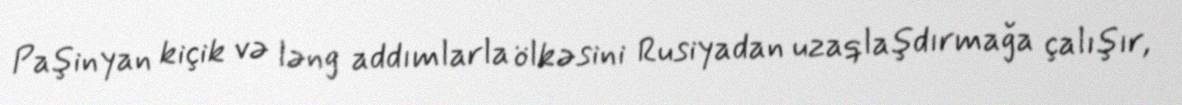
Paşinyan kiçik və ləng addımlarla ölkəsini Rusiyadan uzaqlaşdırmağa çalışır,